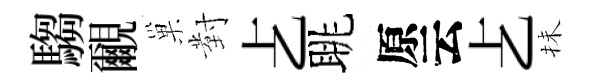
騶覼巢對𠧒眺原云𠧒抺